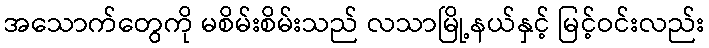
အသောက်တွေကို မစိမ်းစိမ်းသည် လသာမြို့နယ်နှင့် မြင့်ဝင်းလည်း